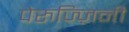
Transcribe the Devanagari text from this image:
पेरुज्ज़िनी